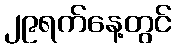
၂၉ရက်နေ့တွင်